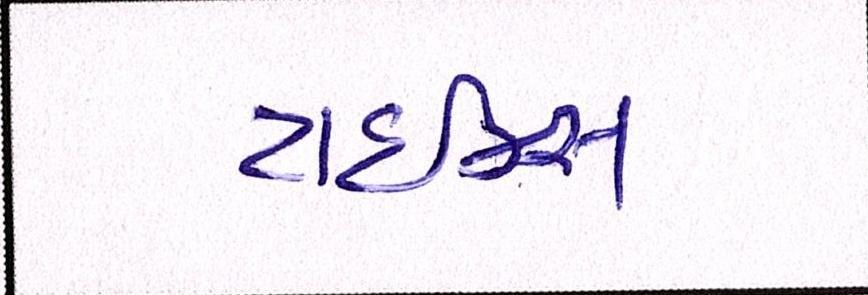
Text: ટાઈમ્સ